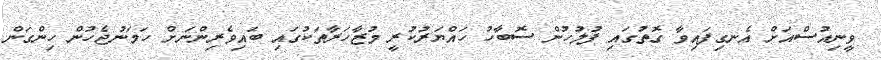
ވީނިއުސްއަށް އެނގިފައިވާ ގޮތުގައި ފުލުހުން ސޮބާހު ހައްޔަރުކުރީ މުޒާހަރާތަކުގައި ބައިވެރިންނަށް ހަމަނުޖެހުން ހިންގަން